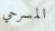
المسرحي